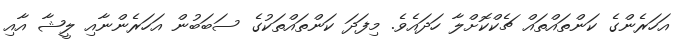
އަހަރެންގެ ކަންތައްތައް ޗެކްކޮށްލާ ހަދައެެވެ. މިފަދަ ކަންތައްތަކުގެ ސަބަބުން އަހަރެންނާއި ލީޝާ އާއި